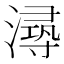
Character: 𰝐